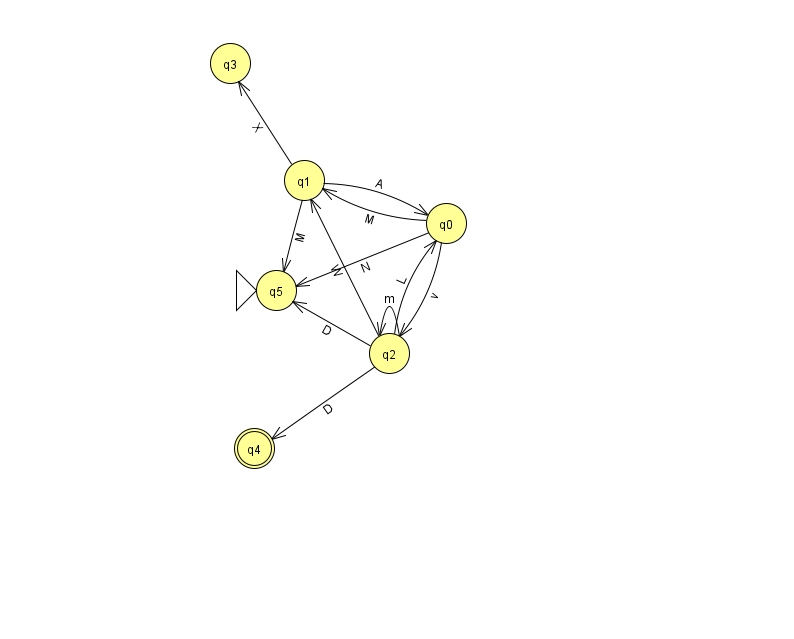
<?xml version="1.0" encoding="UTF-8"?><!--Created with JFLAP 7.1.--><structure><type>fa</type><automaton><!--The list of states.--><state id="0" name="q0"><x>446.0</x><y>210.0</y></state><state id="1" name="q1"><x>304.0</x><y>167.0</y></state><state id="2" name="q2"><x>389.0</x><y>340.0</y></state><state id="3" name="q3"><x>230.0</x><y>50.0</y></state><state id="4" name="q4"><x>254.0</x><y>435.0</y><final/></state><state id="5" name="q5"><x>276.0</x><y>277.0</y><initial/></state><!--The list of transitions.--><transition><from>2</from><to>0</to><read>L</read></transition><transition><from>2</from><to>5</to><read>D</read></transition><transition><from>1</from><to>0</to><read>A</read></transition><transition><from>1</from><to>3</to><read>X</read></transition><transition><from>1</from><to>5</to><read>M</read></transition><transition><from>0</from><to>5</to><read>N</read></transition><transition><from>2</from><to>1</to><read>W</read></transition><transition><from>0</from><to>2</to><read>v</read></transition><transition><from>2</from><to>2</to><read>m</read></transition><transition><from>2</from><to>4</to><read>D</read></transition><transition><from>0</from><to>1</to><read>M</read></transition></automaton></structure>